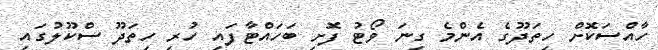
ހާއްސަކޮށް ހިތަދޫގެ އެންމެ ގިނަ ވޯޓު ފޮށި ބަހައްޓާފައި ހުރި ހިތަދޫ ސްކޫލުގައި